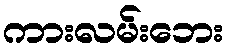
ကားလမ်းဘေး